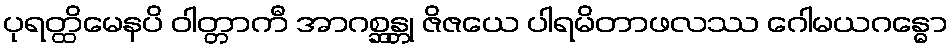
ပုရတ္ထိမေနပိ ဝါတ္တာကီ အာဂစ္ဆန္တု ဇိဇယေ ပါရမိတာဖလဿ ဂေါမယဂန္ဓော